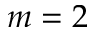
m = 2